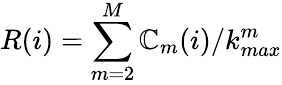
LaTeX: R(i)=\sum_{m=2}^{M}\mathbb{C}_{m}(i)/k_{max}^{m}